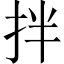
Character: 拌